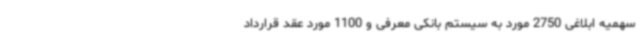
سهمیه ابلاغی 2750 مورد به سیستم بانکی معرفی و 1100 مورد عقد قرارداد